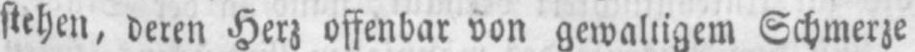
Schmerze